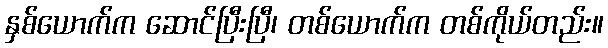
နှစ်ယောက်က ဆောင်ပြီးပြီ၊ တစ်ယောက်က တစ်ကိုယ်တည်း။